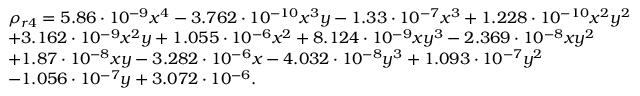
\begin{array} { r l } & { \rho _ { r 4 } = 5 . 8 6 \cdot 1 0 ^ { - 9 } x ^ { 4 } - 3 . 7 6 2 \cdot 1 0 ^ { - 1 0 } x ^ { 3 } y - 1 . 3 3 \cdot 1 0 ^ { - 7 } x ^ { 3 } + 1 . 2 2 8 \cdot 1 0 ^ { - 1 0 } x ^ { 2 } y ^ { 2 } } \\ & { + 3 . 1 6 2 \cdot 1 0 ^ { - 9 } x ^ { 2 } y + 1 . 0 5 5 \cdot 1 0 ^ { - 6 } x ^ { 2 } + 8 . 1 2 4 \cdot 1 0 ^ { - 9 } x y ^ { 3 } - 2 . 3 6 9 \cdot 1 0 ^ { - 8 } x y ^ { 2 } } \\ & { + 1 . 8 7 \cdot 1 0 ^ { - 8 } x y - 3 . 2 8 2 \cdot 1 0 ^ { - 6 } x - 4 . 0 3 2 \cdot 1 0 ^ { - 8 } y ^ { 3 } + 1 . 0 9 3 \cdot 1 0 ^ { - 7 } y ^ { 2 } } \\ & { - 1 . 0 5 6 \cdot 1 0 ^ { - 7 } y + 3 . 0 7 2 \cdot 1 0 ^ { - 6 } . } \end{array}